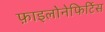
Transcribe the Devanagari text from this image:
फ़ाइलोनेफिर्टिस